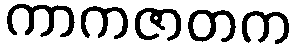
ကာကဇာတက